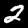
Label: 2